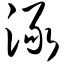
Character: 渌